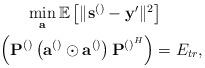
LaTeX: \begin{align*}\begin{gathered}\min_{\mathbf{a}} \mathbb{E}\left[\lVert\mathbf{s}^{\left(\right)}-\mathbf{y}'\rVert^2\right]\\~~\left(\mathbf{P}^{\left(\right)}\left(\mathbf{a}^{\left(\right)}\odot \mathbf{a}^{\left(\right)}\right)\mathbf{P}^{\left(\right)^{H}}\right)=E_{tr},\end{gathered} \end{align*}